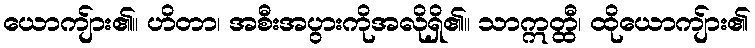
ယောကျ်ား၏။ ဟိတာ၊ အစီးအပွားကိုအလိုရှိ၏။ သာဣတ္ထီ၊ ထိုယောကျ်ား၏